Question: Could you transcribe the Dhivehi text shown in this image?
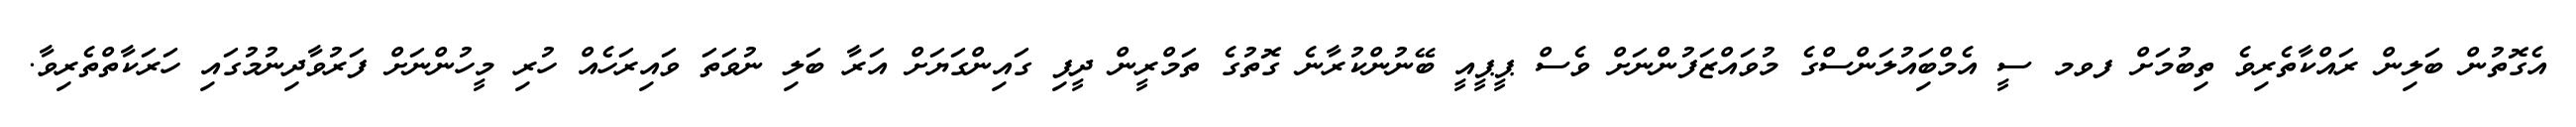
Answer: އެގޮތުން ބަލިން ރައްކާތެރިވެ ތިބުމަށް ފވމ ސީ އެމްބަިއުލަންސްގެ މުވައްޒަފުންނަށް ވެސް ޕީޕީއީ ބޭނުންކުރާނެ ގޮތުގެ ތަމްރީން ދީފި ގައިންގަޔަށް އަރާ ބަލި ނުވަތަ ވައިރަހެއް ހުރި މީހުންނަށް ފަރުވާދިނުމުގައި ހަރަކާތްތެރިވާ.